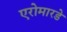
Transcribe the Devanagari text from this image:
एरोमारडे